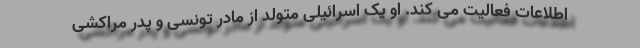
اطلاعات فعالیت می کند. او یک اسرائیلی متولد از مادر تونسی و پدر مراکشی